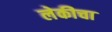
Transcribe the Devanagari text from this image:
लेकीचा